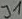
Text: J1